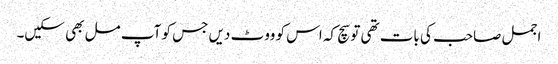
اجمل صاحب کی بات تھی تو سچ کہ اس کو ووٹ دیں جس کو آپ مل بھی سکیں۔